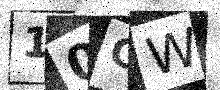
Text: 10CW